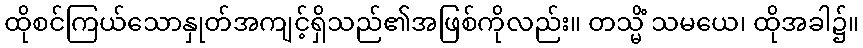
ထိုစင်ကြယ်သောနှုတ်အကျင့်ရှိသည်၏အဖြစ်ကိုလည်း။ တသ္မိံ သမယေ၊ ထိုအခါ၌။